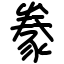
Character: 豢